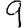
Digit: 9